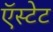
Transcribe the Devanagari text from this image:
ऍस्टेट